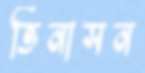
ভিনাসন